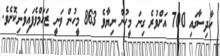
ހާދިސާގައި 700 އަށްވުރެ ގިނަ މީހުން ނިޔާވެ 863 މީހުން ވަނީ ޒަހަމްވެފައިވަނިކޮށެވެ.